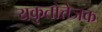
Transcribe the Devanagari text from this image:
यकृतोत्तेजक